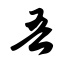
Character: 吾